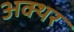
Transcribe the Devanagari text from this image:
अक्थर